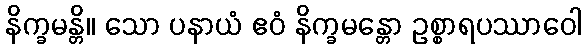
နိက္ခမန္တိ။ သော ပနာယံ ဧဝံ နိက္ခမန္တော ဥစ္စာရပဿာဝေါ